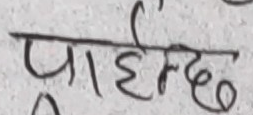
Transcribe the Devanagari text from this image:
प्रार्हिन्छ